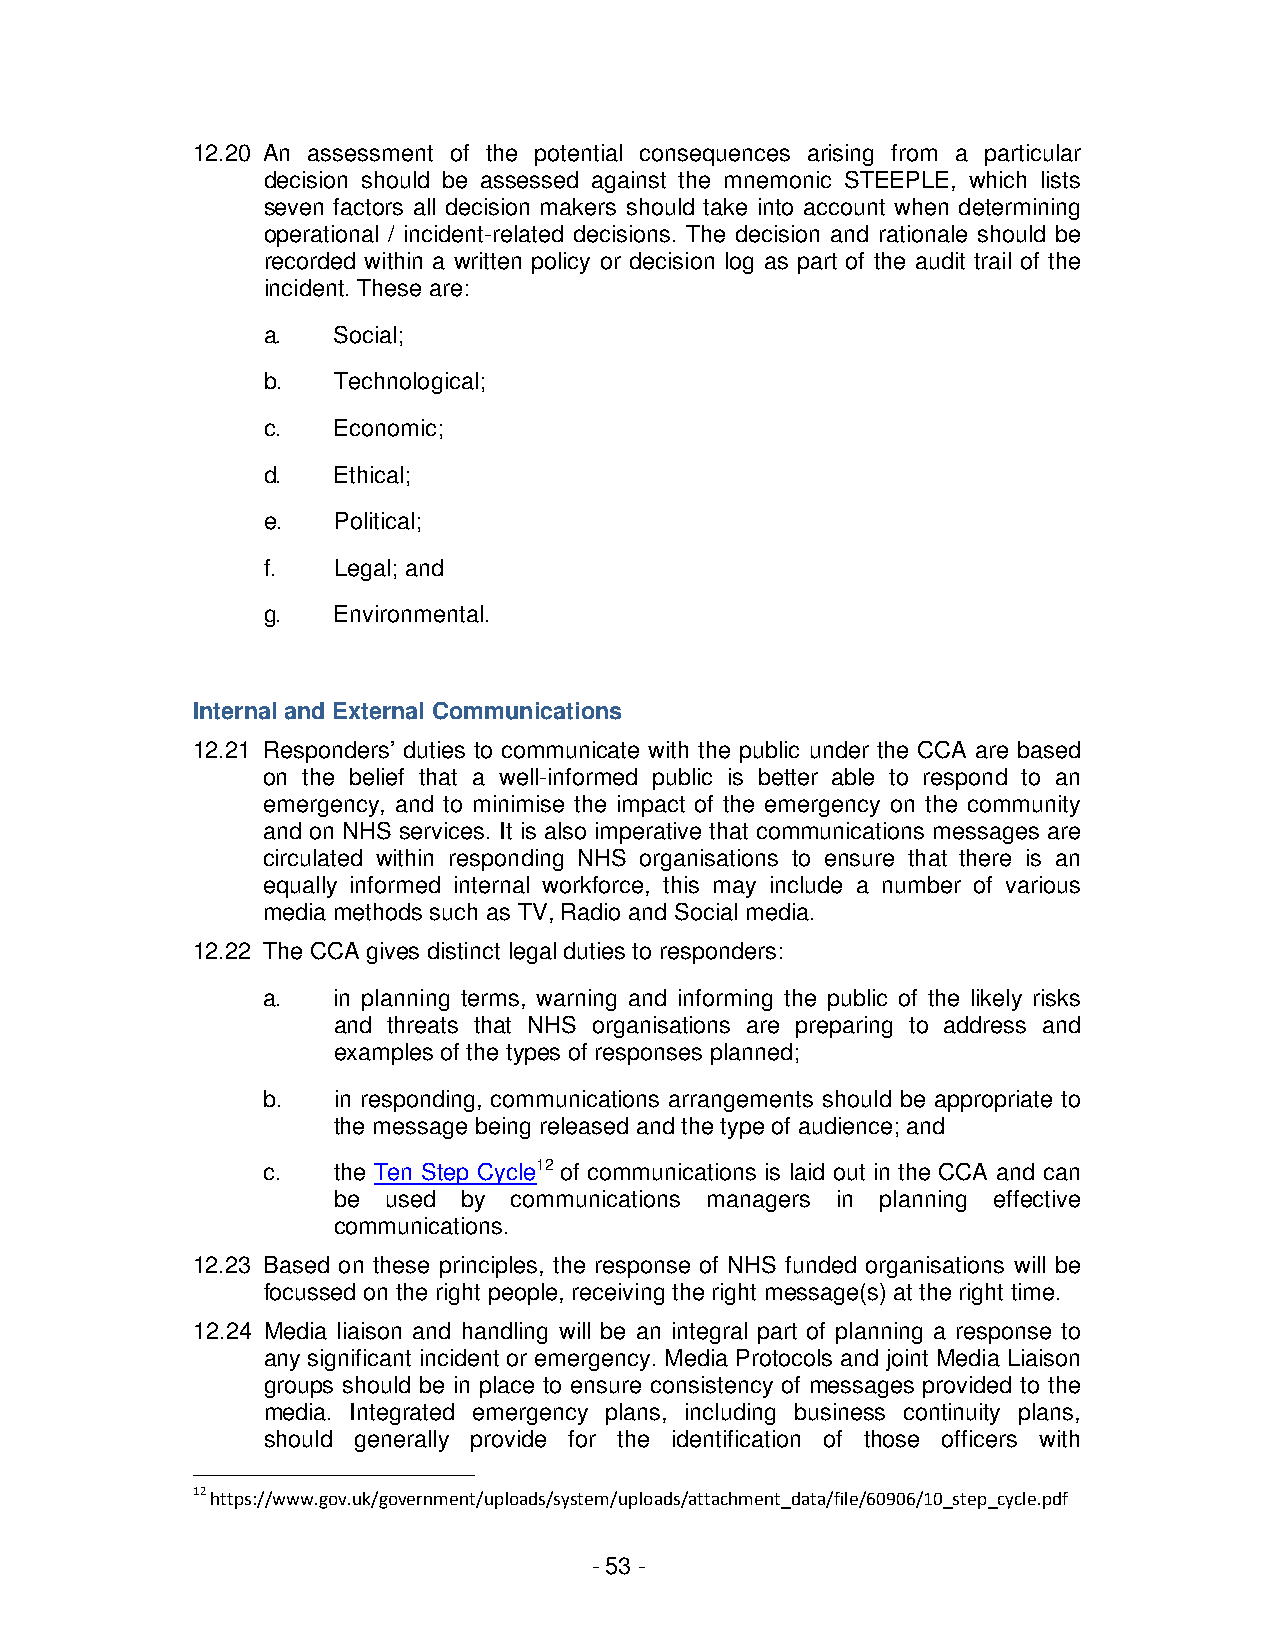
12.20 An assessment of the potential consequences arising from a particular
 decision should be assessed against the mnemonic STEEPLE, which lists
 seven factors all decision makers should take into account when determining
 operational / incident-related decisions. The decision and rationale should be
 recorded within a written policy or decision log as part of the audit trail of the
 incident. These are:
 a.   Social;
 b.   Technological;
 c.   Economic;
 d.   Ethical;
 e.   Political;
 f.   Legal; and
 g.   Environmental.
 Internal and External Communications
 12.21 Responders’ duties to communicate with the public under the CCA are based
 on the belief that a well-informed public is better able to respond to an
 emergency, and to minimise the impact of the emergency on the community
 and on NHS services. It is also imperative that communications messages are
 circulated within responding NHS organisations to ensure that there is an
 equally informed internal workforce, this may include a number of various
 media methods such as TV, Radio and Social media.
 12.22 The CCA gives distinct legal duties to responders:
 a.   in planning terms, warning and informing the public of the likely risks
 and threats that NHS organisations are preparing to address and
 examples of the types of responses planned;
 b.   in responding, communications arrangements should be appropriate to
 the message being released and the type of audience; and
 c.   the Ten Step Cycle12 of communications is laid out in the CCA and can
 be  used by communications managers in planning effective
 communications.
 12.23 Based on these principles, the response of NHS funded organisations will be
 focussed on the right people, receiving the right message(s) at the right time.
 12.24 Media liaison and handling will be an integral part of planning a response to
 any significant incident or emergency. Media Protocols and joint Media Liaison
 groups should be in place to ensure consistency of messages provided to the
 media. Integrated emergency plans, including business continuity plans,
 should generally provide for the identification of those officers with
 12 https://www.gov.uk/government/uploads/system/uploads/attachment_data/file/60906/10_step_cycle.pdf
 - 53 -